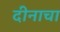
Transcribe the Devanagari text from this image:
दीनाचा